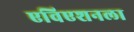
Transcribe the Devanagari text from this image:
एविएशनला